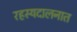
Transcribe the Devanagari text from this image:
रहस्यदालनात